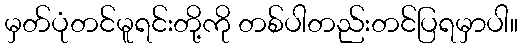
မှတ်ပုံတင်မူရင်းတို့ကို တစ်ပါတည်းတင်ပြရမှာပါ။